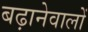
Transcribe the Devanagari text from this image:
बढ़ानेवालों